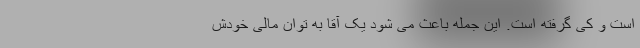
است و کی گرفته است. این جمله باعث می شود یک آقا به توان مالی خودش